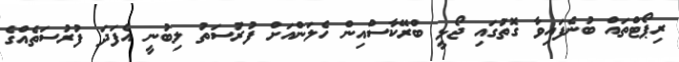
ރިޕޯޓްތައް ބުނެފައިވާ ގޮތުގައި ޖޯޅީ ބްރޭކާސްއިން ހެލަންއަށް ފުރުސަތު ލިބުނީ އެފަދަ ފުރުސަތެއްގެ